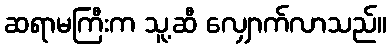
ဆရာမကြီးက သူ့ဆီ လျှောက်လာသည်။